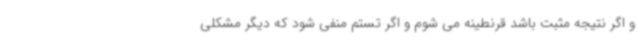
و اگر نتیجه مثبت باشد قرنطینه می شوم و اگر تستم منفی شود که دیگر مشکلی